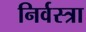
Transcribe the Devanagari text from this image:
निर्वस्त्रा